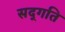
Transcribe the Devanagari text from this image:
सद्‍गति